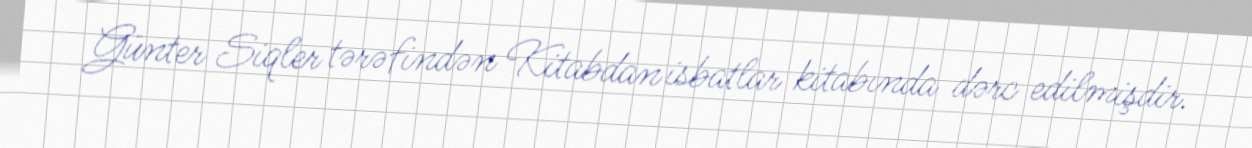
Günter Siqler tərəfindən Kitabdan isbatlar kitabında dərc edilmişdir.